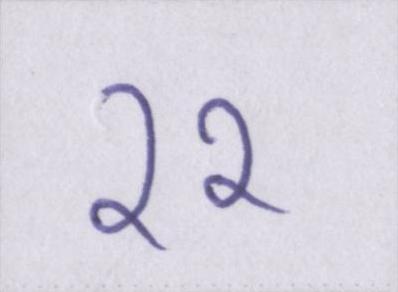
११